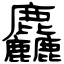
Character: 麤